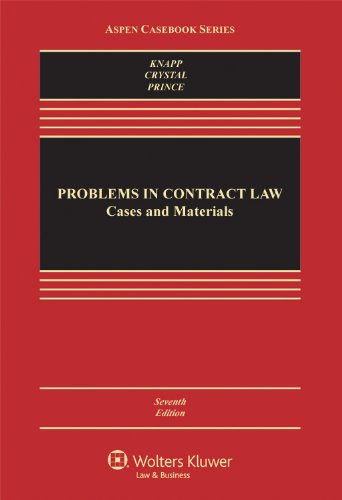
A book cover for Problems in Contract Law: Cases and Materials, Seventh Edition (Aspen Casebook); Charles L. Knapp; Law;